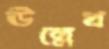
ঊল্লেখ